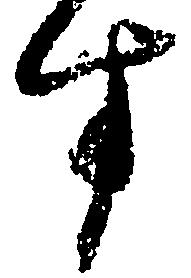
す